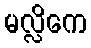
မလ္လိကေ